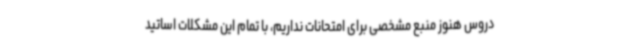
دروس هنوز منبع مشخصی برای امتحانات نداریم، با تمام این مشکلات اساتید